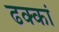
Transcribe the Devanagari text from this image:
ढक्कां